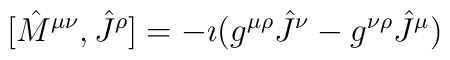
[{\hat M}^{\mu\nu},{\hat J}^{\rho}]= -\imath (g^{\mu\rho}{\hat J}^{\nu}-g^{\nu\rho}{\hat J}^{\mu})